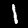
Digit: 1